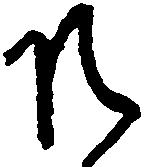
そ